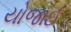
યોજાઈ